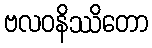
ဗလဝနိဿိတော